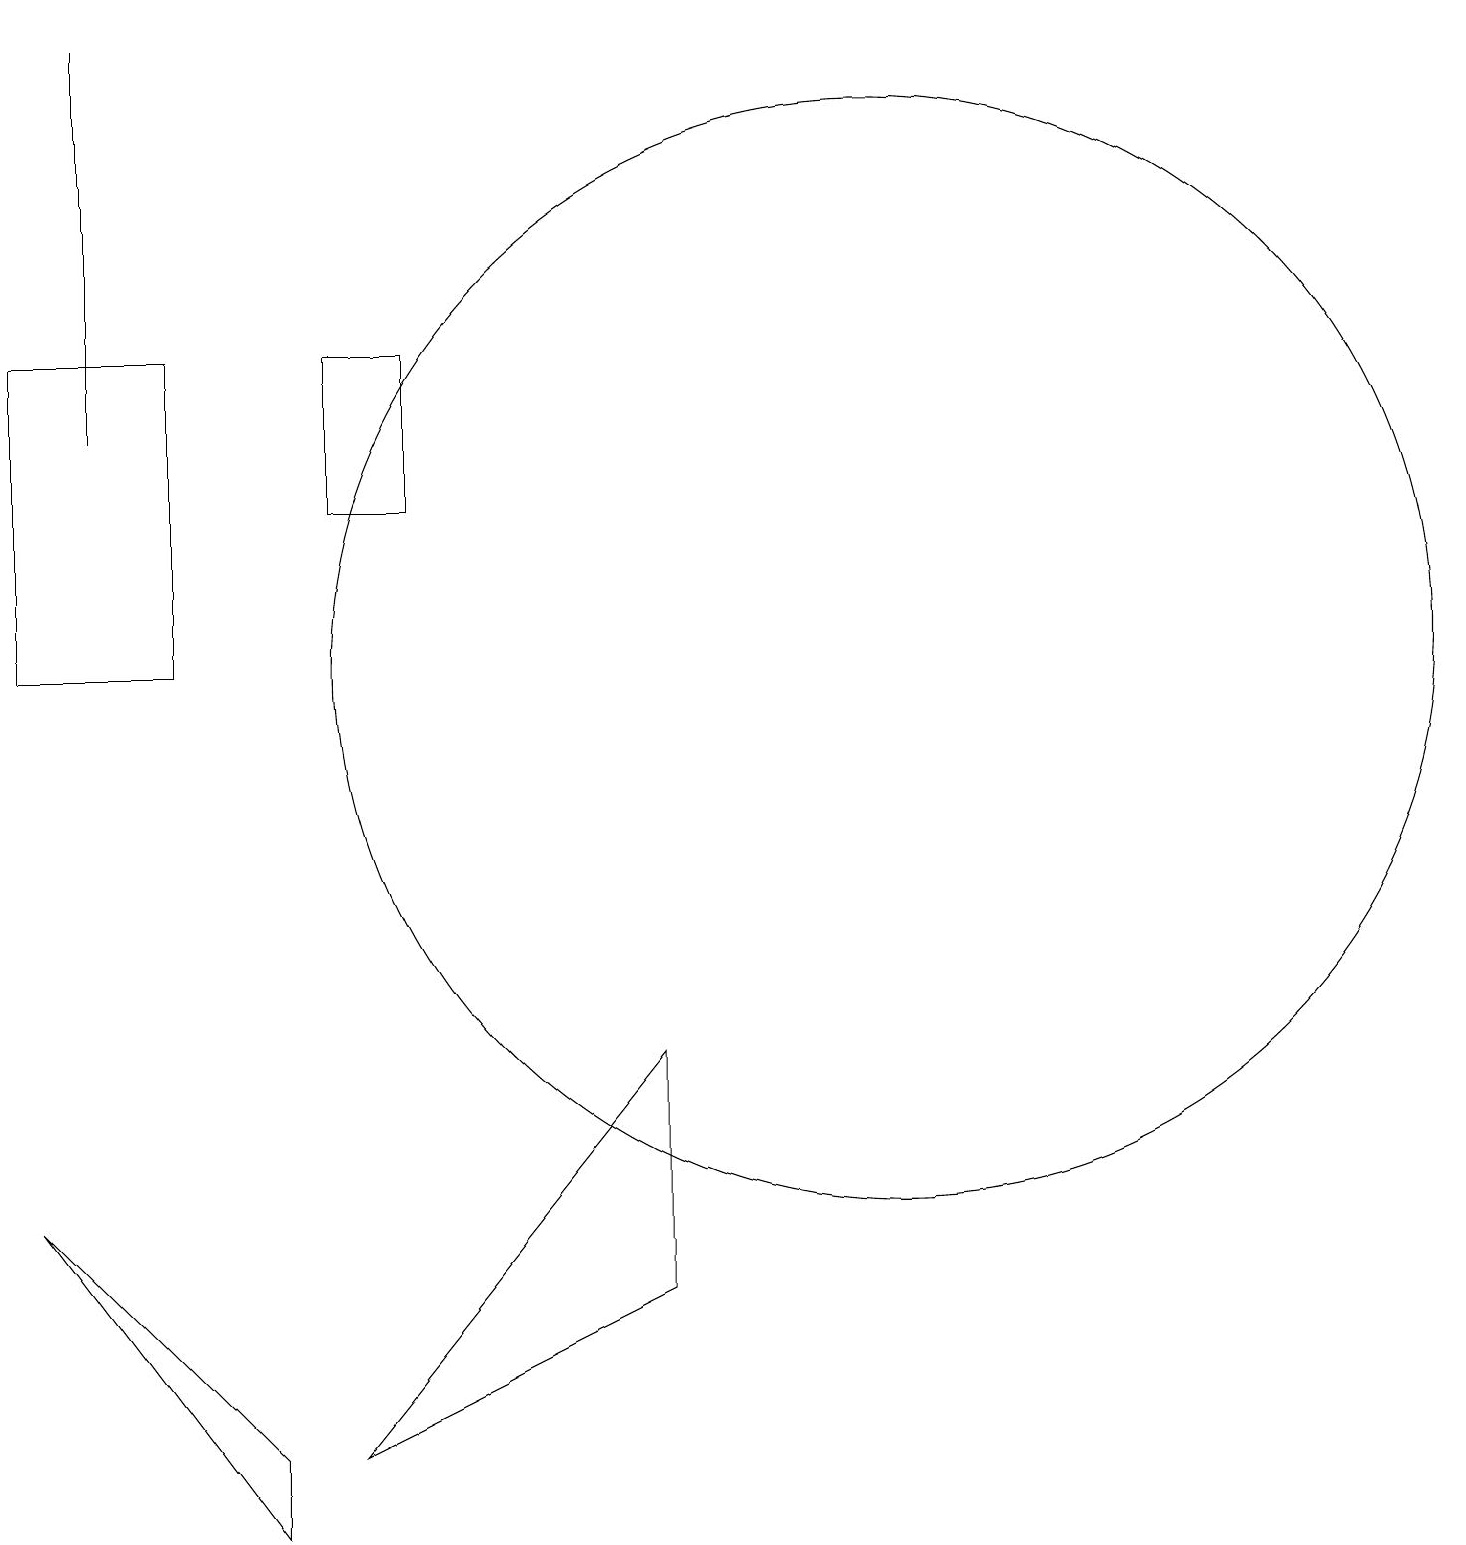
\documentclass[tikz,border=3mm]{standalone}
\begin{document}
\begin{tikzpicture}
\draw (1,19) rectangle (1,14);
\draw (8,3) -- (4,1) -- (8,6) -- cycle;
\draw (3,1) -- (3,0) -- (0,4) -- cycle;
\draw (11,11) circle (7);
\draw (10,10) circle (0);
\draw (4,15) rectangle (5,13);
\draw (0,11) rectangle (2,15);
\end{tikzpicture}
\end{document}